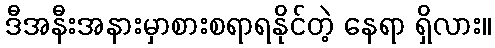
ဒီအနီးအနားမှာစားစရာရနိုင်တဲ့ နေရာ ရှိလား။